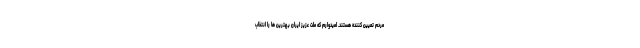
مردم تعیین کننده هستند. امیدوارم که ملت عزیز ایران بهترین ها را انتخاب